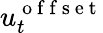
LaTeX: u_{t}^{\mathrm{~o~f~f~s~e~t~}}